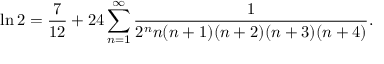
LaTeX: \ln 2 = { \frac { 7 } { 1 2 } } + 2 4 \sum _ { n = 1 } ^ { \infty } { \frac { 1 } { 2 ^ { n } n ( n + 1 ) ( n + 2 ) ( n + 3 ) ( n + 4 ) } } .